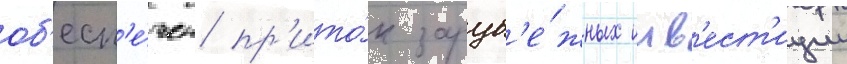
об'есп'е́чен пр'ито́к заруб'е́жных инв'ест'иции